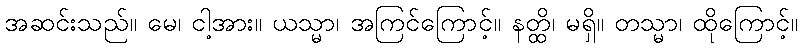
အဆင်းသည်။ မေ၊ ငါ့အား။ ယသ္မာ၊ အကြင်ကြောင့်။ နတ္ထိ၊ မရှိ။ တသ္မာ၊ ထိုကြောင့်။